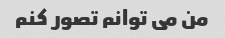
من می توانم تصور کنم